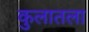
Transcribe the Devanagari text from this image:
कुलातला